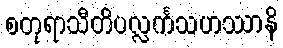
စတုရာသီတိပလ္လင်္ကသဟဿာနိ